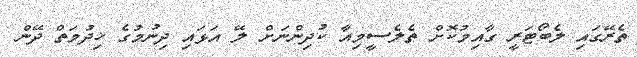
ތެރޭގައި ލެބޯޓަރީ ގާއިމުކޮށް ތެލެސީމިއާ ކުދިންނަށް ލޭ އަޅައި ދިނުމުގެ ޚިދުމަތް ދޭން